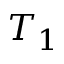
T _ { 1 }